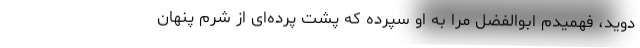
‌دوید، فهمیدم ابوالفضل مرا به او سپرده که پشت پرده‌ای از شرم پنهان